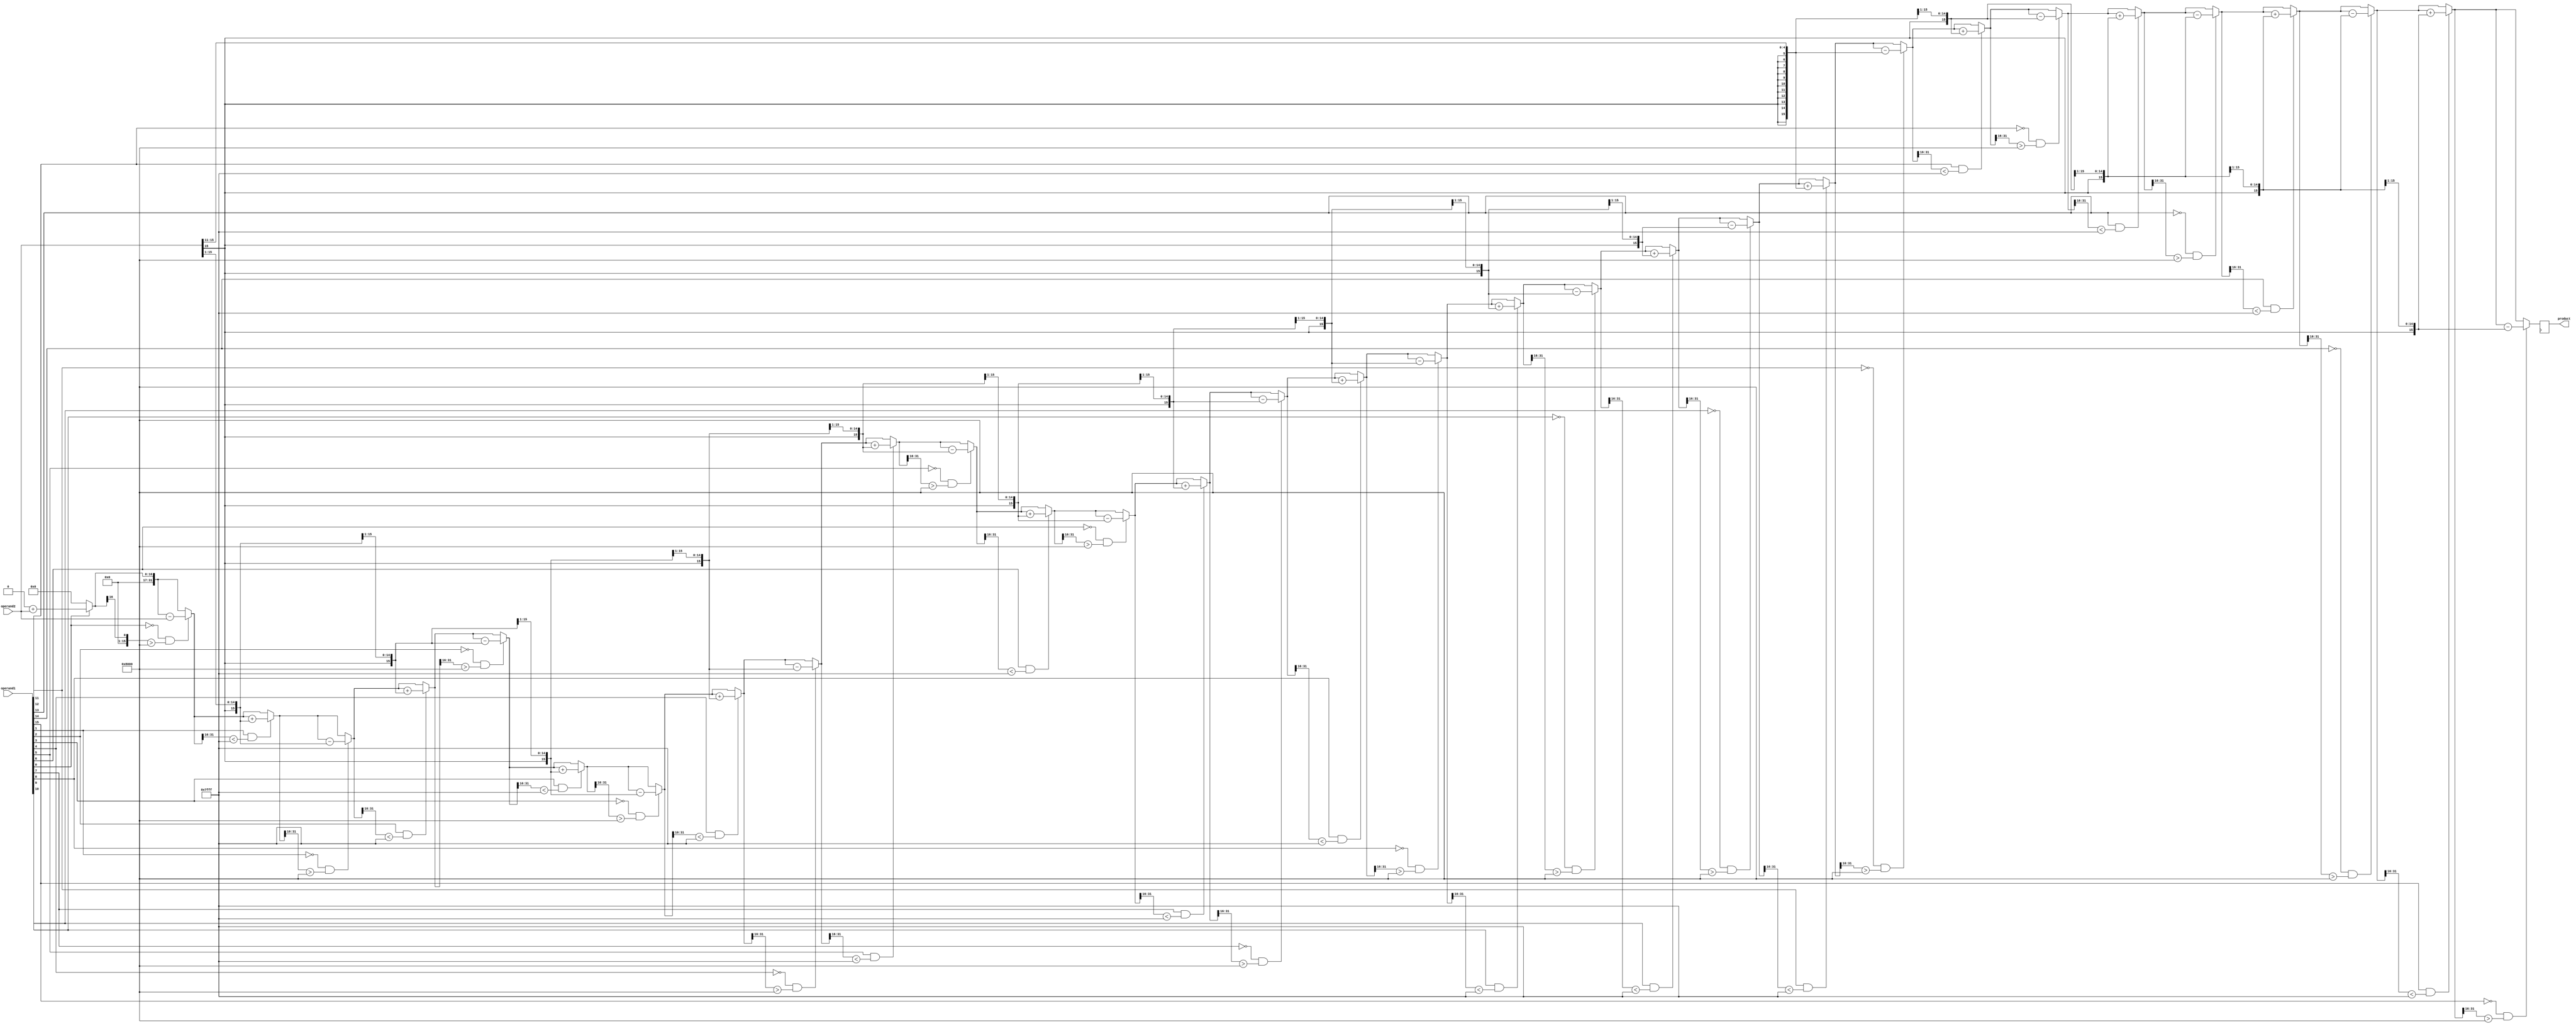
module Booth_Multiplier (
  input [15:0] operand1,
  input [15:0] operand2,
  output reg [31:0] product
);

reg [15:0] a, b, multiplier;
reg [31:0] result;
reg [4:0] count;

always @ (posedge clk) begin
  a = operand1;
  b = operand2;
  
  multiplier = {16{b[15]}};
  result = 32'b0;
  
  for (count = 0; count < 16; count = count + 1) begin
    if (a[0] == 1 && result[31:16] < 32'h7FFF) begin
      result = result + b;
    end
    if (a[0] == 0 && result[31:16] > 32'h8000) begin
      result = result - b;
    end
    
    a = a >> 1;
    b = {b[14], b[15], b[15:1]};
  end
  
  product = result;
  
end

endmodule